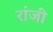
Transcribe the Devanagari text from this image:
रांजी